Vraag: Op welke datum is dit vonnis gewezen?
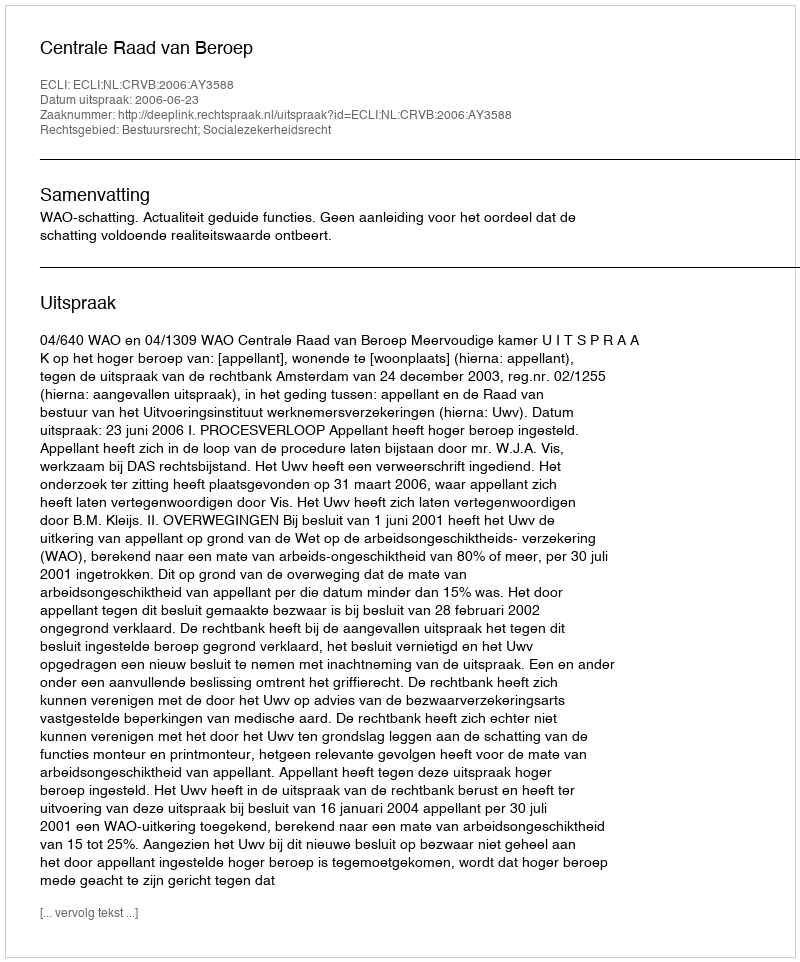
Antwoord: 2006-06-23